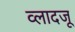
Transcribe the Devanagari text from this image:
व्लादजू